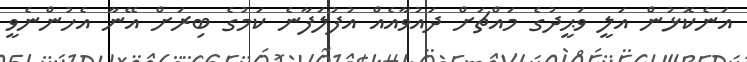
އަނެކޮޅުން އަލީ ވަޙީދުގެ މައްޗަށް ދައުވާއެއް އުފުލަފާނެ ކަމުގެ ބިރަށް އޭނާ އެހުންނެވީ